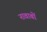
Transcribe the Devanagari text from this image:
नावाबों